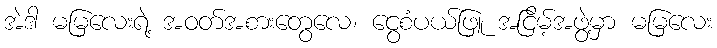
အဲဒါ မမြလေးရဲ့ အဝတ်အစားတွေလေ၊ ငွေစံပယ်ဖြူ အငြိမ့်အဖွဲ့မှာ မမြလေး